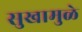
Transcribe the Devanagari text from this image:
सुखामुळे